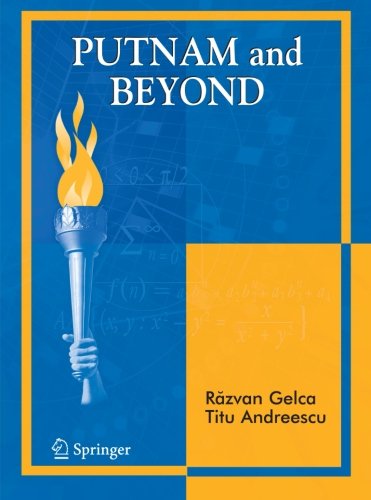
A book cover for Putnam and Beyond; Razvan Gelca; Science & Math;